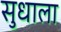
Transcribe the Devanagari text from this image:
सुधाला